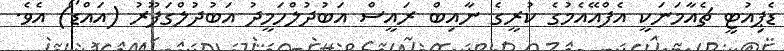
ޑެޕިއުޓީ ޗެއާމަނަކީ އެފްއޭއެމުގެ ކުރީގެ ނާއިބް ރައީސް އަބުދުލްހަމީދު އަބުދުލްގަފޫރު (އައްޑޯ) އެވެ.